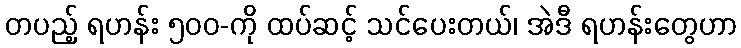
တပည့် ရဟန်း ၅၀၀-ကို ထပ်ဆင့် သင်ပေးတယ်၊ အဲဒီ ရဟန်းတွေဟာ